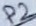
Text: P2